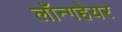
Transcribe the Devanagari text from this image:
लॉन्गहेयर